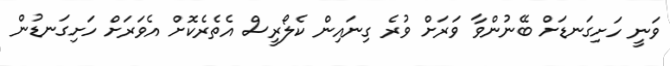
ވަނީ ހަށިގަނޑަށް ބޭނުންވާ ވަރަށް ވުރެ ގިނައިން ކެލޯރީސް އެތެރެކޮށް އެވަރަށް ހަށިގަނޑުން